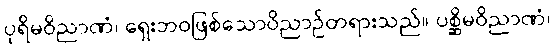
ပုရိမဝိညာဏံ၊ ရှေးဘဝဖြစ်သောဝိညာဉ်တရားသည်။ ပစ္ဆိမဝိညာဏံ၊